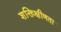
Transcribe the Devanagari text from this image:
शक्तिक्षीणता